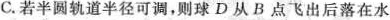
C.若半圆轨道半径可调，则球D从B点飞出后落在水